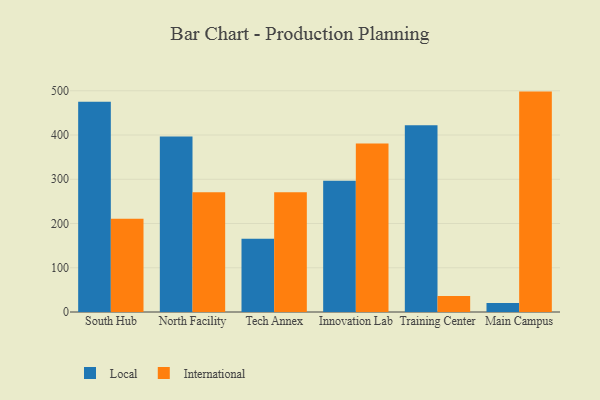
{"axis": {"x": "Campus", "y": "Inventory Turnover"}, "legend": ["International", "Local"], "data": [{"x": "South Hub", "y": 475.4, "type": "Local"}, {"x": "South Hub", "y": 210.8, "type": "International"}, {"x": "North Facility", "y": 396.9, "type": "Local"}, {"x": "North Facility", "y": 270.4, "type": "International"}, {"x": "Tech Annex", "y": 165.7, "type": "Local"}, {"x": "Tech Annex", "y": 270.8, "type": "International"}, {"x": "Innovation Lab", "y": 296.9, "type": "Local"}, {"x": "Innovation Lab", "y": 380.6, "type": "International"}, {"x": "Training Center", "y": 421.9, "type": "Local"}, {"x": "Training Center", "y": 36.2, "type": "International"}, {"x": "Main Campus", "y": 20.2, "type": "Local"}, {"x": "Main Campus", "y": 498.1, "type": "International"}]}